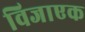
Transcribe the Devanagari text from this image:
विजाएक